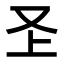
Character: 𭆦